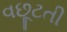
વછૂટતી